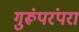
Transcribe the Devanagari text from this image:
गुरूंपरंपरा